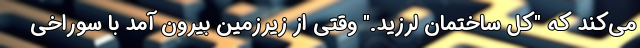
می‌کند که "کل ساختمان لرزید." وقتی از زیرزمین بیرون آمد با سوراخی